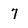
Character: 7